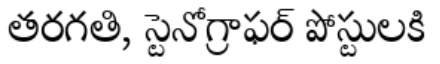
తరగతి, స్టెనోగ్రాఫర్ పోస్టులకి